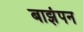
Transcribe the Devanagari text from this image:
बाझंपन